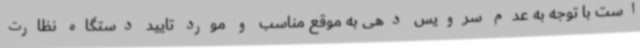
است با توجه به عدم سرویس دهی به موقع مناسب و مورد تایید دستگاه نظارت